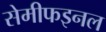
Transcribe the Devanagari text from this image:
सेमीफइनल